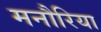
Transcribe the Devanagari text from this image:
मनौरिया